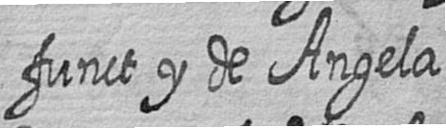
funct y de Angela